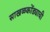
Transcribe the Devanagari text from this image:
साखळकोंड्याची